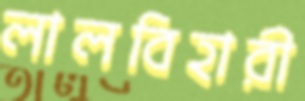
লালবিহারী